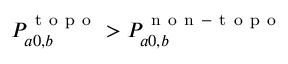
P _ { a 0 , b } ^ { \mathrm { ~ t ~ o ~ p ~ o ~ } } > P _ { a 0 , b } ^ { \mathrm { ~ n ~ o ~ n ~ - ~ t ~ o ~ p ~ o ~ } }